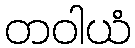
တဝါယံ